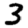
Digit: 3